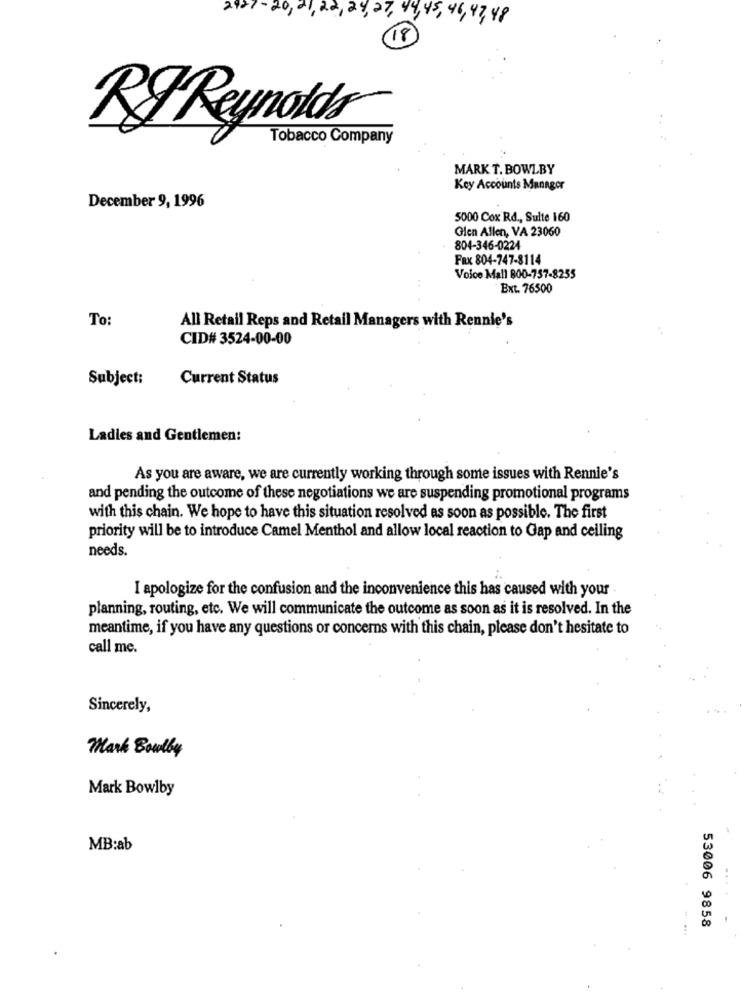
2927- 20, 21,22, 24, 27, 49,45, 46, 47,48
18)
RyReynolds
Tobacco Company
MARK T. BOWLBY
Key Accounts Manager
December 9, 1996
5000 Cox Rd ., Sulte 160
Glen Allen, VA 23060
804-346-0224
FRx 804-747-8114
Voice Mall 800-757-8255
Ext. 76500
To:
All Retail Reps and Retail Managers with Rennie's
CID# 3524-00-00
Subject:
Current Status
Ladies and Gentlemen:
As you are aware, we are currently working through some issues with Rennie's
and pending the outcome of these negotiations we are suspending promotional programs
with this chain. We hope to have this situation resolved as soon as possible. The first
priority will be to introduce Camel Menthol and allow local reaction to Gap and ceiling
needs.
I apologize for the confusion and the inconvenience this has caused with your
planning, routing, etc. We will communicate the outcome as soon as it is resolved. In the
meantime, if you have any questions or concerns with this chain, please don't hesitate to
call me.
Sincerely,
Mark Boulby
Mark Bowlby
MB:ab
53006 9858